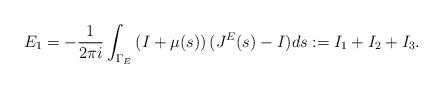
LaTeX: \begin{align*} E_{1}=-\frac{1}{2\pi i}\int_{\Gamma_E}\left(I+\mu(s)\right)(J^E(s)-I)ds:=I_1+I_2+I_3. \end{align*}